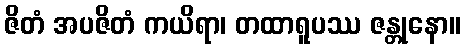
ဇိတံ အပဇိတံ ကယိရာ၊ တထာရူပဿ ဇန္တုနော။